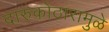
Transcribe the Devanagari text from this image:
दारुकोठारामुळे